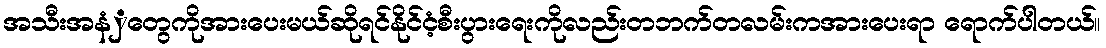
အသီးအနံှတွေကိုအားပေးမယ်ဆိုရင်နိုင်ငံ့စီးပွားရေးကိုလည်းတဘက်တလမ်းကအားပေးရာ ရောက်ပါတယ်။